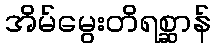
အိမ်မွေးတိရစ္ဆာန်